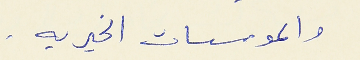
والموسسات الخيريه .